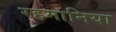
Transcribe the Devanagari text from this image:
रहमानिया